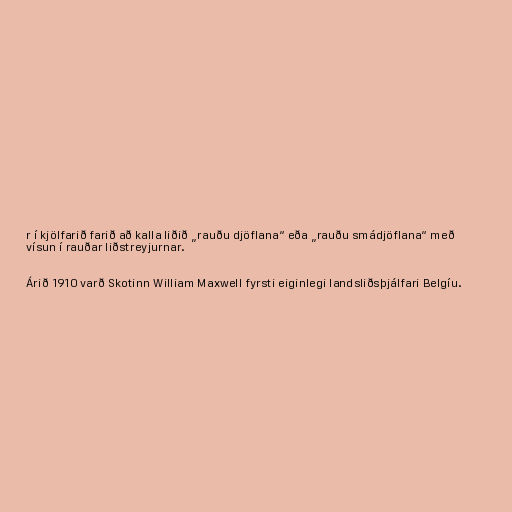
r í kjölfarið farið að kalla liðið „rauðu djöflana“ eða „rauðu smádjöflana“ með
vísun í rauðar liðstreyjurnar.

Árið 1910 varð Skotinn William Maxwell fyrsti eiginlegi landsliðsþjálfari Belgíu.